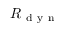
R _ { \mathrm { ~ d ~ y ~ n ~ } }